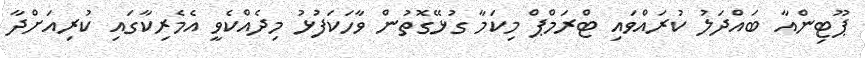
ޕޫޓިންއާ ބައްދަލު ކުރައްވައި ޓްރަމްޕް މިކަމާ ގުޅޭގޮތުން ވާހަކަފުޅު މިދެއްކެވީ އެމެރިކާގައި ކުރިއަށްދާ